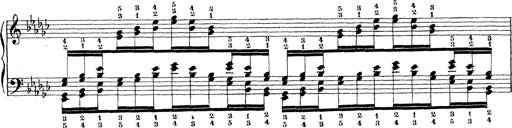
Title: Technische Studien
Composer: Franz Liszt